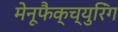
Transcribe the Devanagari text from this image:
मेनूफैक्च्युरिंग